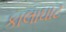
કાલાઘાટ